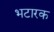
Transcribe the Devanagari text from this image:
भटारक